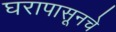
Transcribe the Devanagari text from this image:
घरापासूनचे